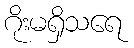
ဂိုးမရှိသရေ